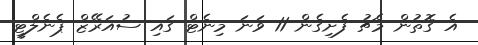
އެ ގޮތުން މެޗު ފެށިގެން 11 ވަނަ މިނެޓް ގައި ސުއަރޭޒް ޕެނެލްޓީ